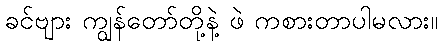
ခင်ဗျား ကျွန်တော်တို့နဲ့ ဖဲ ကစားတာပါမလား။